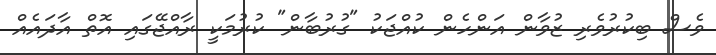
ވެސް ބިކުރުވެރި ޒުވާން އަންހެން ކުއްޖަކު "ގުރުބާން" ކުރުމަކީ ރާއްޖޭގައި އޮތް އާދައެއް